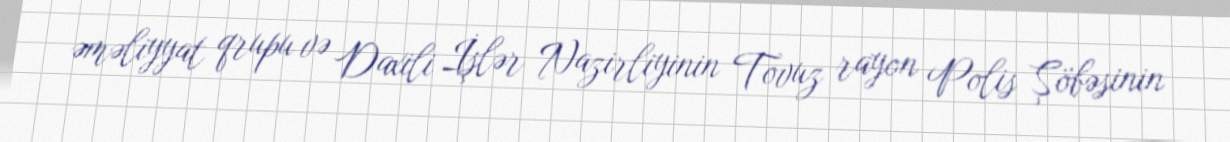
əməliyyat qrupu və Daxili İşlər Nazirliyinin Tovuz rayon Polis Şöbəsinin